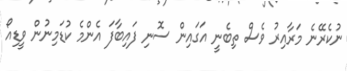
ނުކެރޭނެ މަރާއިރު ވެސް ތިބެނީ އަގައިން ސޮނި ފައިބާފަ އެންމެ ކުޑަމިނުން ވީޑިއޯ